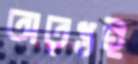
অতৃপ্তই